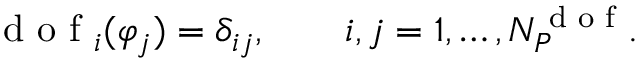
\textrm { d o f } _ { i } ( \varphi _ { j } ) = \delta _ { i j } , \qquad i , j = 1 , \ldots , N _ { { P } } ^ { \textrm { d o f } } .